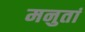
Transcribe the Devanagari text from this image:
मनुतां